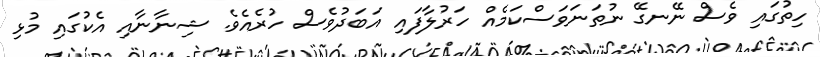
ހިތުގައި ވެސް ނޭނގޭ ނުތަނަވަސްކަމެއް ހަރުލާފައި އަބަދުވެސް ހުރެއެވެ. ޝިނާނާއި އެކުގައި މުޅި